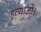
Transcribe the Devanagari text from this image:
हत्याओं।